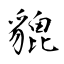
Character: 貔